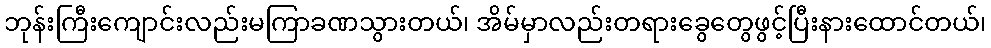
ဘုန်းကြီးကျောင်းလည်းမကြာခဏသွားတယ်၊ အိမ်မှာလည်းတရားခွေတွေဖွင့်ပြီးနားထောင်တယ်၊